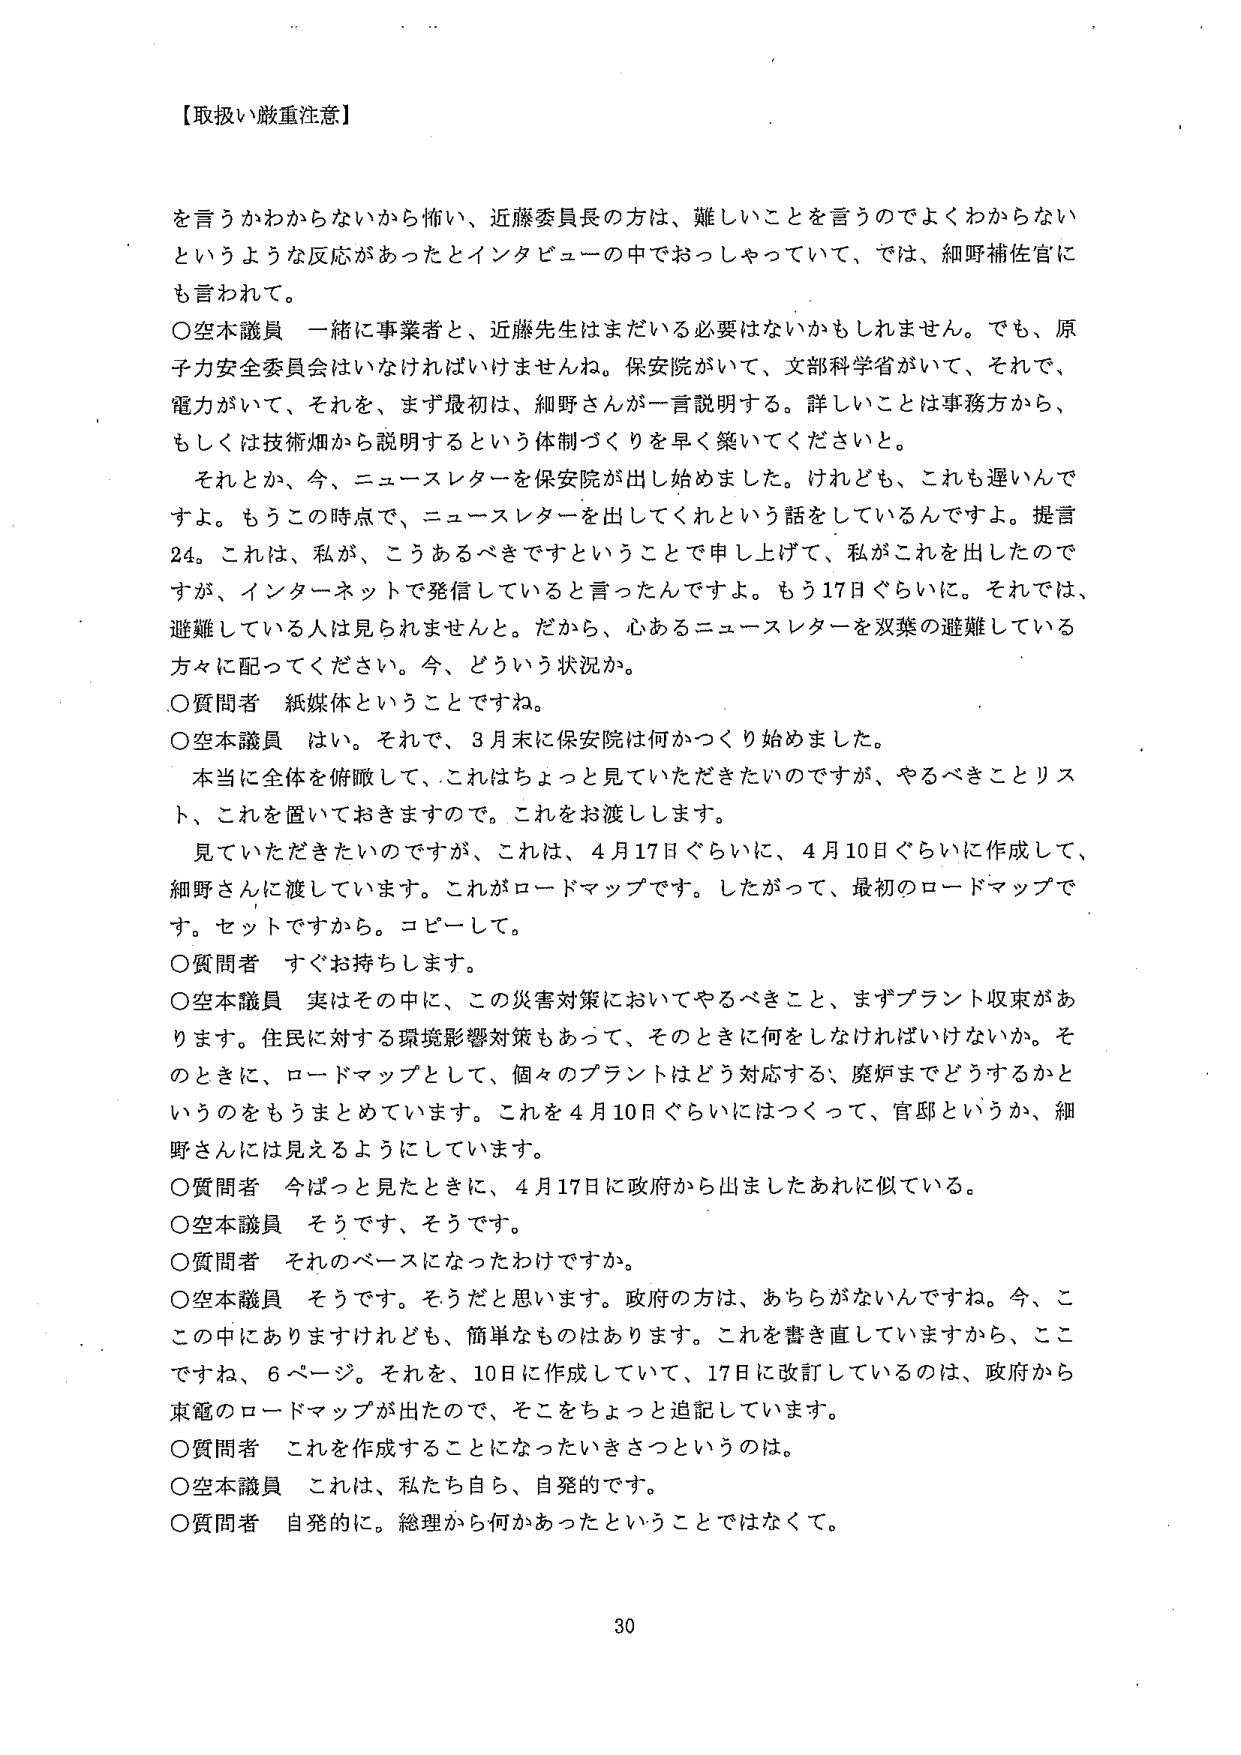
【取扱い厳重注意】

を言うかわからないから怖い、近藤委員長の方は、難しいことを言うのでよくわからないというような反応があったとインタビューの中でおっしゃっていて、では、細野補佐官にも言われて。

○空本議員 一緒に事業者と、近藤先生はまだいる必要はないかもしれません。でも、原子力安全委員会はいなければいけませんね。保安院がいて、文部科学省がいて、それで、電力がいて、それを、まず最初は、細野さんが一言説明する。詳しいことは事務方から、もしくは技術畑から説明するという体制づくりを早く築いてくださいと。

それとか、今、ニュースレターを保安院が出し始めました。けれども、これも遅いんですよ。もうこの時点で、ニュースレターを出してくれという話をしているんですよ。提言24。これは、私が、こうあるべきですということで申し上げて、私がこれを出したのですが、インターネットで発信していると言ったんですよ。もう17日ぐらいに。それでは、避難している人は見られませんと。だから、心あるニュースレターを双葉の避難している方々に配ってください。今、どういう状況か。

○質問者 紙媒体ということですね。

○空本議員 はい。それで、3月末に保安院は何かつくり始めました。

本当に全体を俯瞰して、これはちょっと見ていただきたいのですが、やるべきことリスト、これを置いておきますので。これをお渡しします。

見ていただきたいのですが、これは、4月17日ぐらいに、4月10日ぐらいに作成して、細野さんに渡しています。これがロードマップです。したがって、最初のロードマップです。セットですから。コピーして。

○質問者 すぐお持ちします。

○空本議員 実はその中に、この災害対策においてやるべきこと、まずプラント収束があります。住民に対する環境影響対策もあって、そのときに何をしなければいけないか。そのときに、ロードマップとして、個々のプラントはどう対応する、廃炉までどうするかというのをもうまとめています。これを4月10日ぐらいにはつくって、官邸というか、細野さんには見えるようにしています。

○質問者 今ぱっと見たときに、4月17日に政府から出ましたあれに似ている。

○空本議員 そうです、そうです。

○質問者 それのベースになったわけですか。

○空本議員 そうです。そうだと思います。政府の方は、あちらがないんですね。今、ここの中にありますけれども、簡単なものもあります。これを書き直していますから、ここですね、6ページ。それを、10日に作成していて、17日に改訂しているのは、政府から東電のロードマップが出たので、そこをちょっと追記しています。

○質問者 これを作成することになったいきさつというのは。

○空本議員 これは、私たち自ら、自発的です。

○質問者 自発的に。総理から何かあったということではなくて。

30